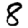
Digit: 8